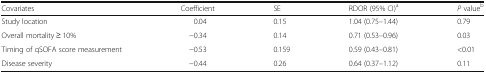
<table><thead><tr><td><b>Covariates</b></td><td><b>Coefficient</b></td><td><b>SE</b></td><td><b>RDOR (95% CI)<sup>a</sup></b></td><td><b><i>P</i> value<sup>b</sup></b></td></tr></thead><tbody><tr><td>Study location</td><td>0.04</td><td>0.15</td><td>1.04 (0.75–1.44)</td><td>0.79</td></tr><tr><td>Overall mortality ≥ 10%</td><td>−0.34</td><td>0.14</td><td>0.71 (0.53–0.96)</td><td>0.03</td></tr><tr><td>Timing of qSOFA score measurement</td><td>−0.53</td><td>0.159</td><td>0.59 (0.43–0.81)</td><td>&lt;0.01</td></tr><tr><td>Disease severity</td><td>−0.44</td><td>0.26</td><td>0.64 (0.37–1.12)</td><td>0.11</td></tr></tbody></table>